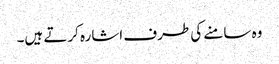
وہ سامنے کی طرف اشارہ کرتے ہیں۔